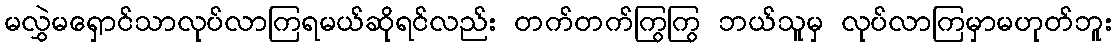
မလွှဲမရှောင်သာလုပ်လာကြရမယ်ဆိုရင်လည်း တက်တက်ကြွကြွ ဘယ်သူမှ လုပ်လာကြမှာမဟုတ်ဘူး